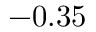
- 0 . 3 5